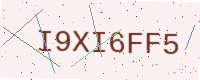
Text: I9XI6FF5